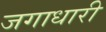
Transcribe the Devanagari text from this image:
जगाधारी